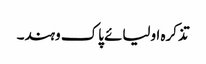
تذکرہ اولیائے پاک وہند۔